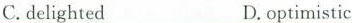
C.delighted D.optimistic